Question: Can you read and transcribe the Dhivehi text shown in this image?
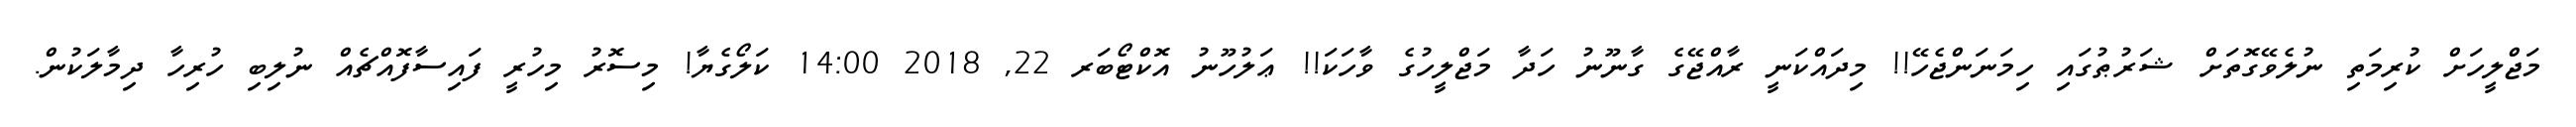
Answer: މަޖްލީހަށް ކުރިމަތި ނުލެވޭގޮތަށް ޝަރުޠުގައި ހިމަނަންޖެހޭ!! މިދައްކަނީ ރާއްޖޭގެ ގާނޫނު ހަދާ މަޖްލީހުގެ ވާހަކަ!! ޢަލުހޫނު އޮކްޓޯބަރ 22, 2018 14:00 ކަލޯގެޔާ! މިސޮރު މިހުރީ ފައިސާފޮއްޗެއް ނުލިބި ހުރިހާ ދިމާލަކުން.